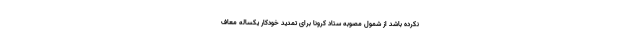
نکرده باشد از شمول مصوبه ستاد کرونا برای تمدید خودکار یکساله معاف